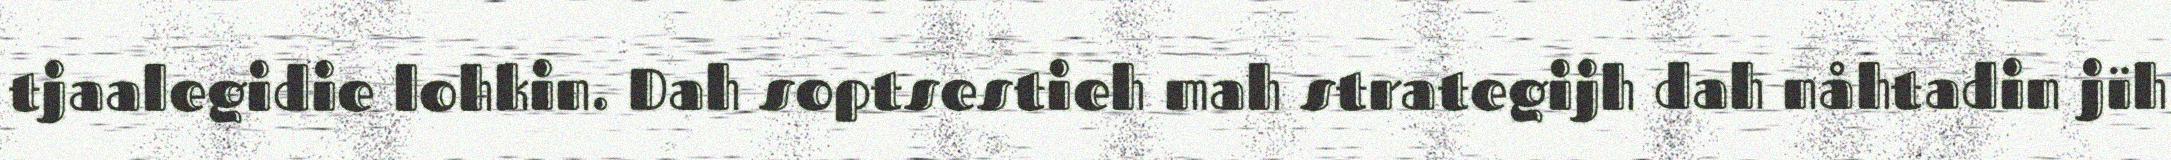
tjaalegidie lohkin. Dah soptsestieh mah strategijh dah nåhtadin jïh